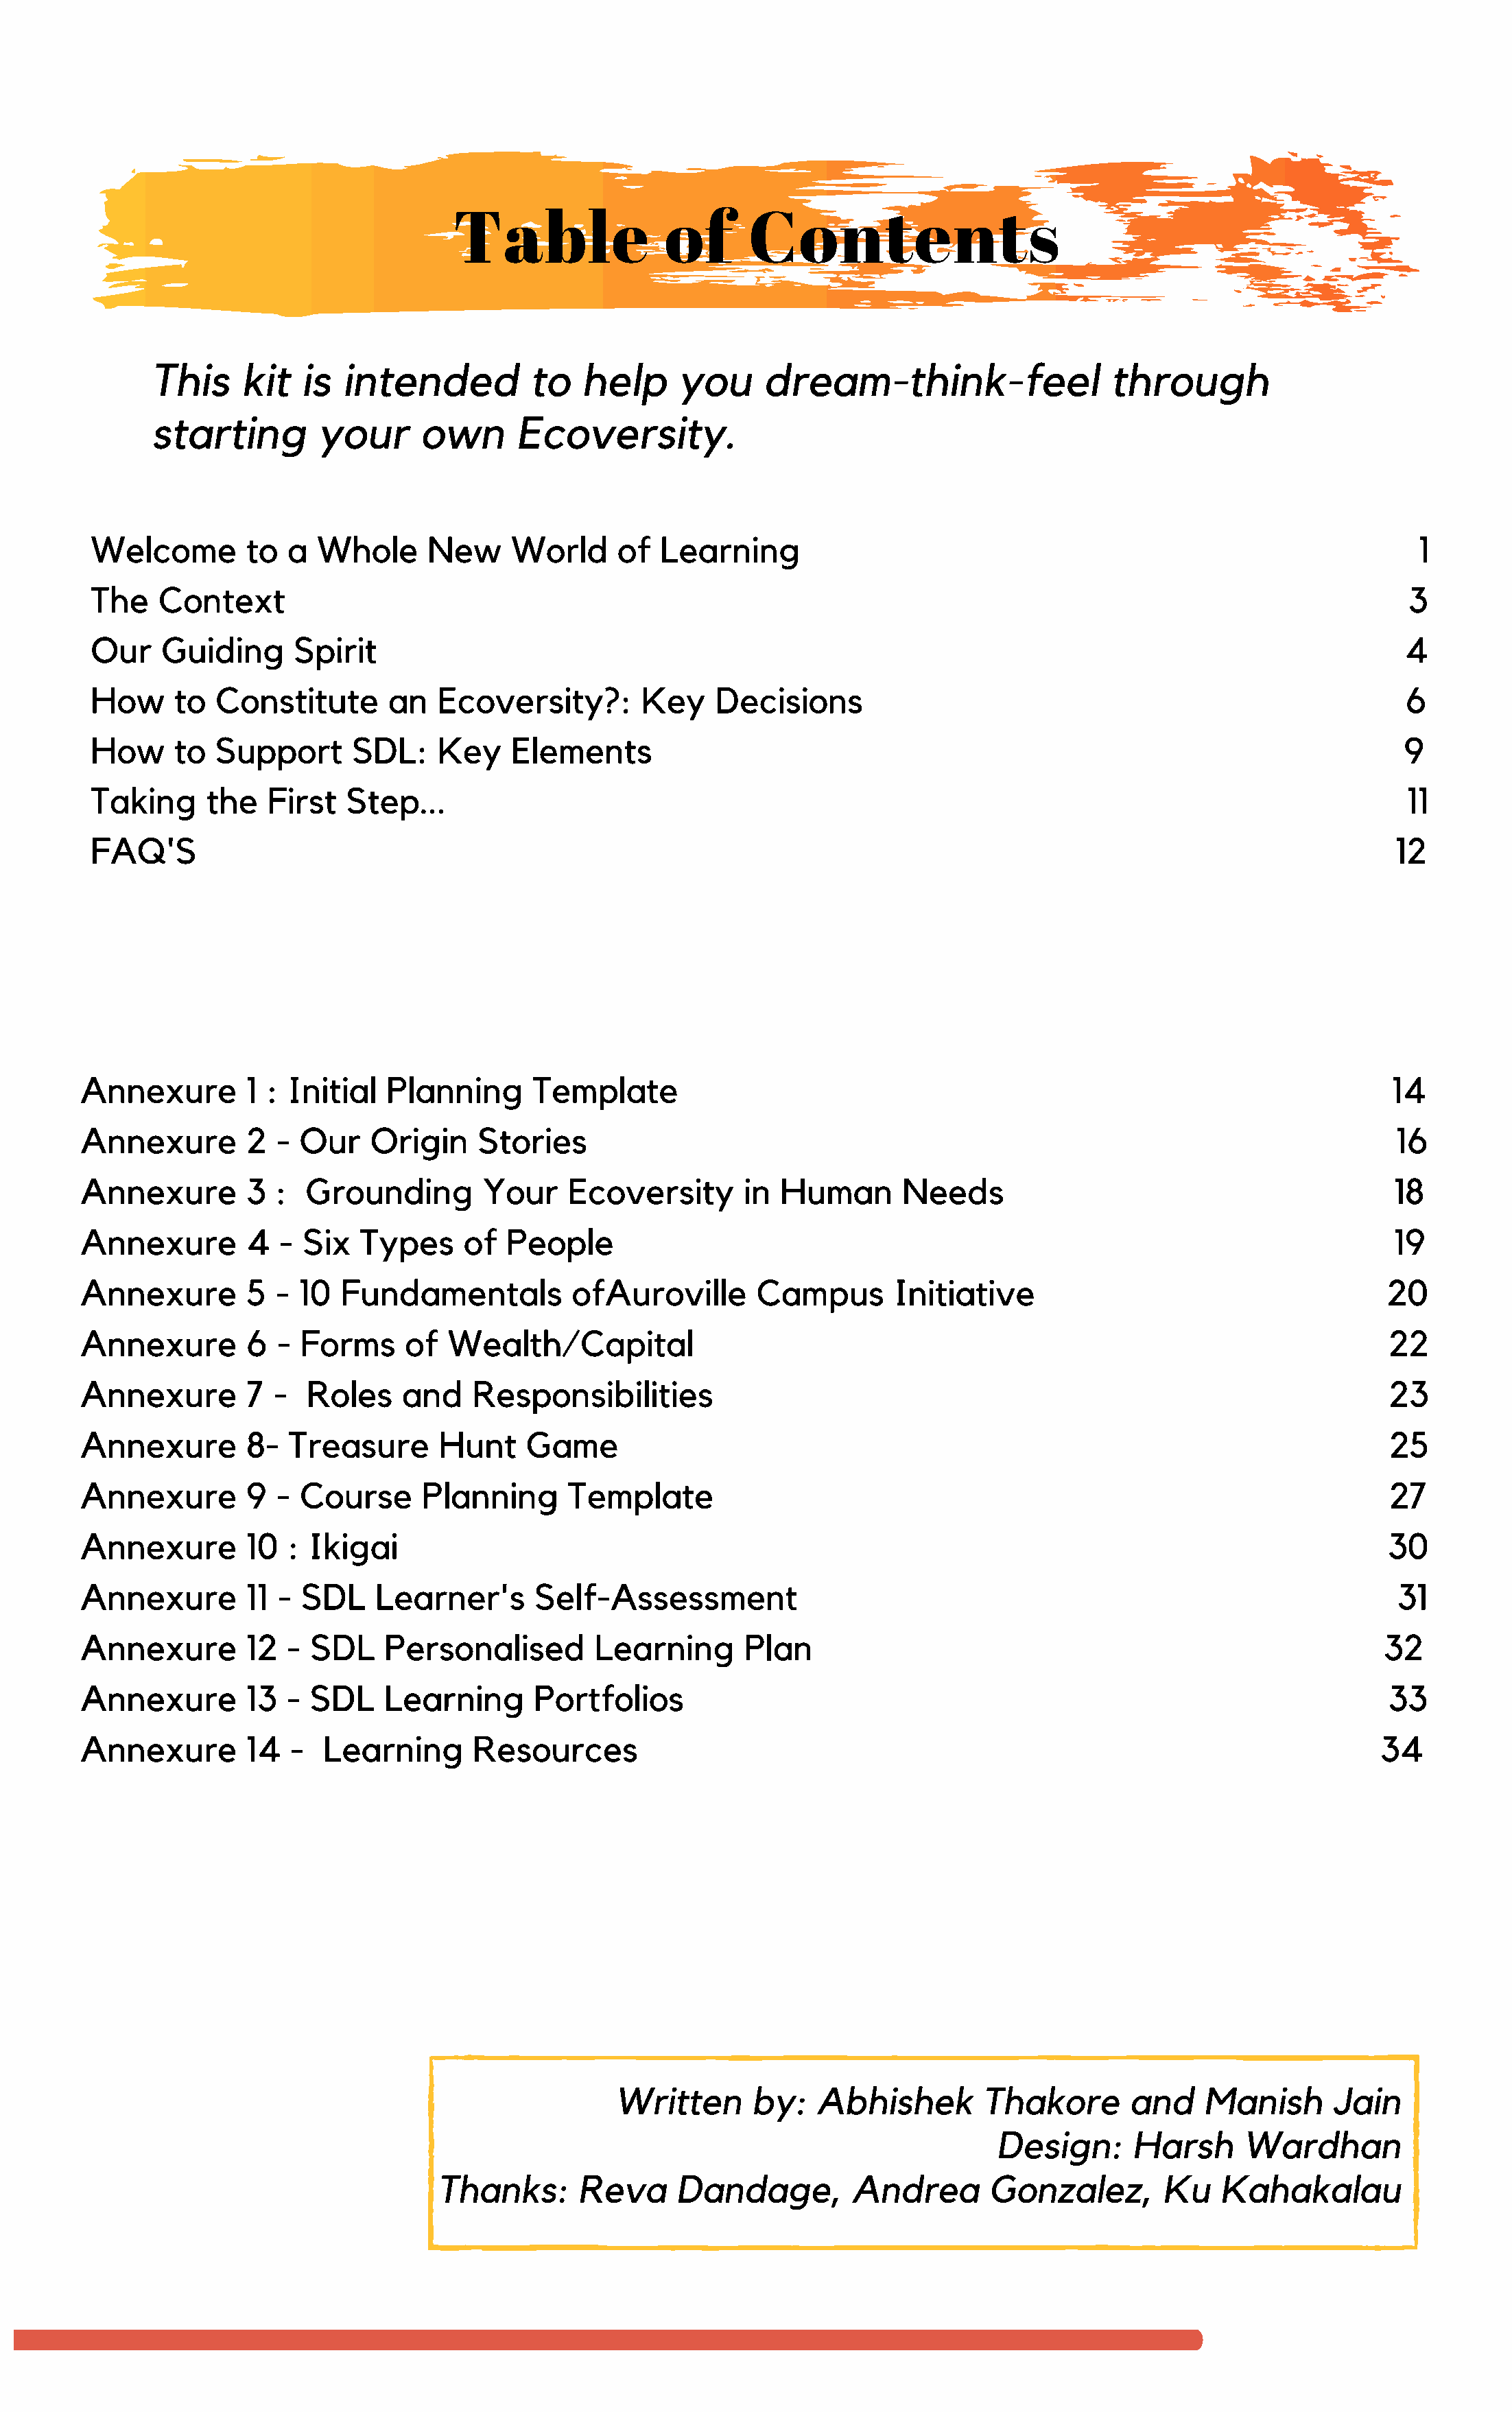
Table               of      Contents
 This    kit   is  intended          to   help     you      dream-think-feel                 through
 starting        your      own      Ecoversity.
 Welcome        to  a  Whole     New     World      of  Learning                                                                 1
 The   Context                                                                                                                  3
 Our    Guiding     Spirit                                                                                                      4
 How     to  Constitute      an   Ecoversity?:        Key    Decisions                                                          6
 How     to  Support      SDL:    Key    Elements                                                                              9
 Taking     the   First  Step...                                                                                                11
 FAQ'S                                                                                                                         12
 Annexure        1 : Initial  Planning      Template                                                                           14
 Annexure        2  - Our    Origin    Stories                                                                                  16
 Annexure        3  : Grounding         Your    Ecoversity       in Human       Needs                                           18
 Annexure        4  - Six   Types     of  People                                                                               19
 Annexure        5  - 10  Fundamentals          ofAuroville       Campus       Initiative                                      20
 Annexure        6  - Forms     of  Wealth/Capital                                                                             22
 Annexure        7 -   Roles    and    Responsibilities                                                                        23
 Annexure        8-  Treasure      Hunt     Game                                                                               25
 Annexure        9  - Course      Planning      Template                                                                       27
 Annexure        10  : Ikigai                                                                                                  30
 Annexure        11 - SDL    Learner's       Self-Assessment                                                                    31
 Annexure        12  - SDL    Personalised        Learning       Plan                                                         32
 Annexure        13  - SDL    Learning      Portfolios                                                                         33
 Annexure        14  -  Learning       Resources                                                                              34
 Written       by:   Abhishek        Thakore       and    Manish       Jain
 Design:      Harsh      Wardhan
 Thanks:       Reva     Dandage,         Andrea       Gonzalez,        Ku    Kahakalau